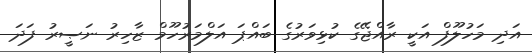
އަދި މަހުލޫފް އަކީ ރާއްޖޭގެ ކުޅިވަރުގެ ބައްޕަ އަލްމަރުހޫމް ޒާހިރު ނަޞީރު ފަދަ